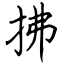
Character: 拂